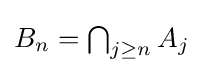
{\textstyle B_{n}=\bigcap _{j\geq n}A_{j}}